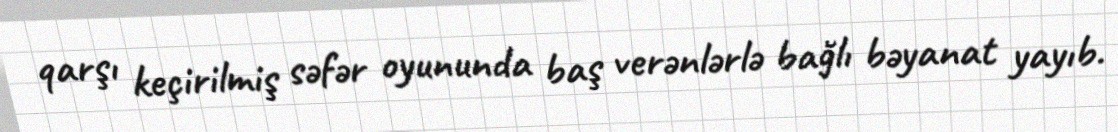
qarşı keçirilmiş səfər oyununda baş verənlərlə bağlı bəyanat yayıb.